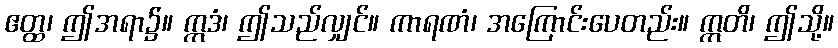
ဧတ္ထ၊ ဤအရာ၌။ ဣဒံ၊ ဤသည်လျှင်။ ကာရဏံ၊ အကြောင်းပေတည်း။ ဣတိ၊ ဤသို့။